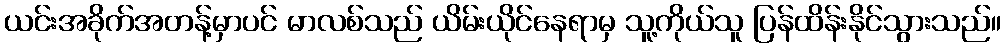
ယင်းအခိုက်အတန့်မှာပင် မာလစ်သည် ယိမ်းယိုင်နေရာမှ သူ့ကိုယ်သူ ပြန်ထိန်းနိုင်သွားသည်။